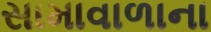
સામાવાળાના